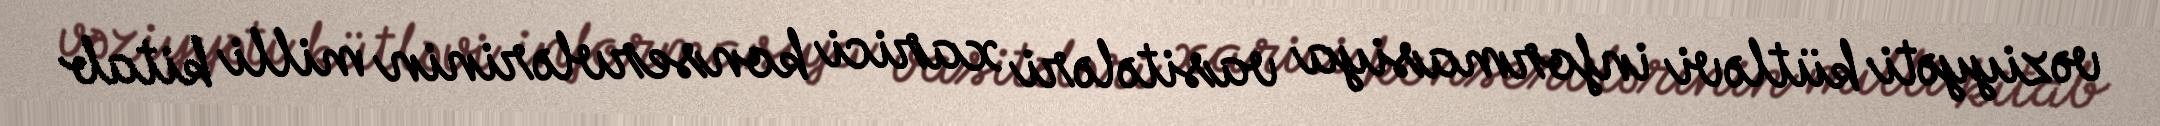
vəziyyəti kütləvi informasiya vasitələri xarici konservlərinin milli kitab